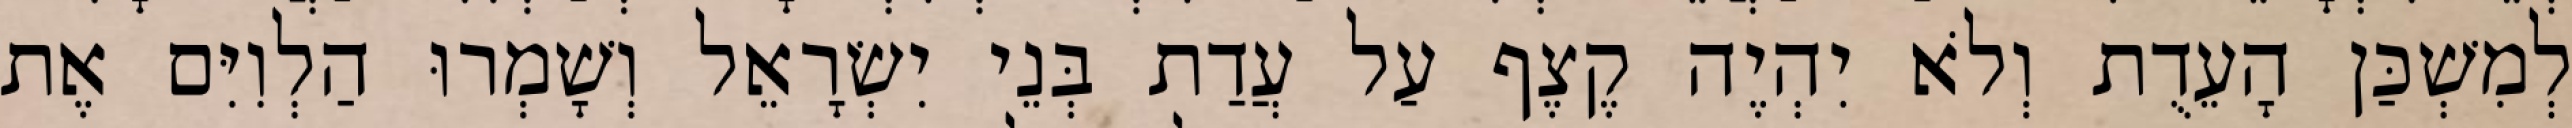
לְמִשְׁכַּן הָעֵדֻת וְלֹא יִהְיֶה קֶצֶף עַל עֲדַת בְּנֵי יִשְׂרָאֵל וְשָׁמְרוּ הַלְוִיִּם אֶת